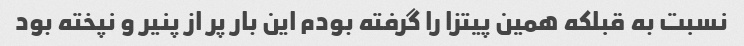
نسبت به قبلکه همین پیتزا را گرفته بودم این بار پر از پنیر و نپخته بود